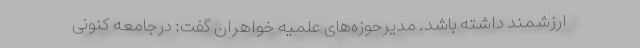
ارزشمند داشته باشد. مدیرحوزه‌های علمیه خواهران گفت: درجامعه کنونی